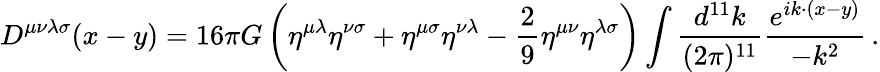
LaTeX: D^{\mu\nu\lambda\sigma}(x-y)=16\pi G\left(\eta^{\mu\lambda}\eta^{\nu\sigma}+\eta^{\mu\sigma}\eta^{\nu\lambda}-{\frac{2}{9}}\eta^{\mu\nu}\eta^{\lambda\sigma}\right)\int{\frac{d^{11}k}{(2\pi)^{11}}}{\frac{e^{ik\cdot(x-y)}}{-k^{2}}}\, .